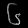
Digit: ၆